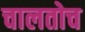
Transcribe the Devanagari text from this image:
चालतोच